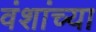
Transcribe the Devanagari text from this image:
वंशांच्या